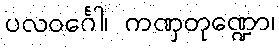
ပလဝင်္ဂေါ၊ ကဏှတုဏ္ဍော၊